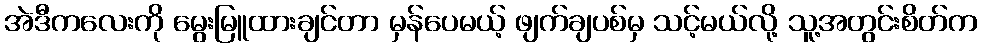
အဲဒီကလေးကို မွေးမြူထားချင်တာ မှန်ပေမယ့် ဖျက်ချပစ်မှ သင့်မယ်လို့ သူ့အတွင်းစိတ်က